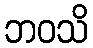
ဘဝသိ